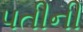
પતીની